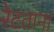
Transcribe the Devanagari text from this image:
रेटताना